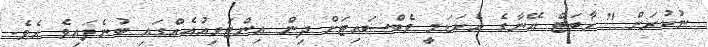
ނުކުރަން " ހާބަޓް އޭނާގެ އެކަޑަމީ ވެބްސައިޓަށް ދިން އިންޓަވިއުއެއްގައި ބުނެފައިވެ އެވެ.